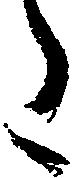
た